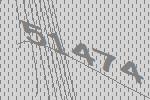
51474